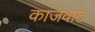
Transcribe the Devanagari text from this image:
काजवाट